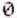
0